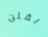
يقلن